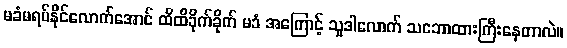
မခံမရပ်နိုင်လောက်အောင် ထိထိခိုက်ခိုက် မခံ အကြောင့် သူဒါလောက် သဘောထားကြီးနေတာလဲ။